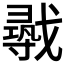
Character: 𫼈